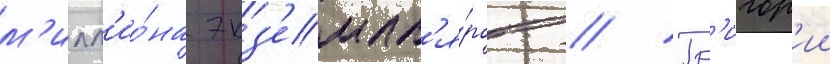
м'илл'ио́на экз'емпл'я́ров // Гр'игор'ии